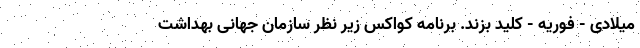
میلادی - فوریه - کلید بزند. برنامه کواکس زیر نظر سازمان جهانی بهداشت